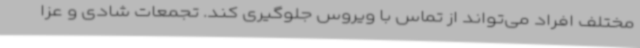
مختلف افراد می‌تواند از تماس با ویروس جلوگیری کند. تجمعات شادی و عزا